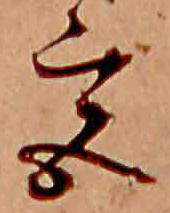
宮